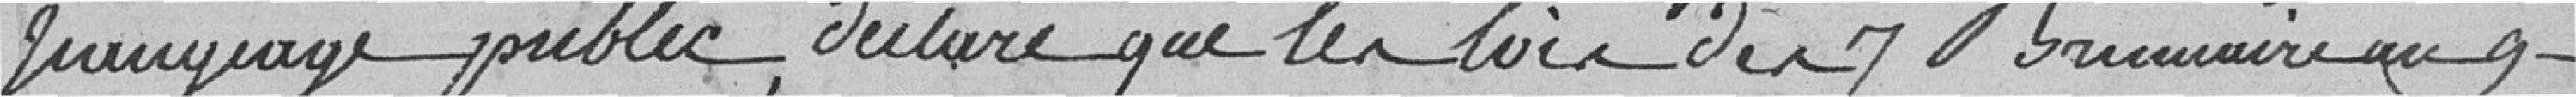
Jeaugeage public, déclare que les lois du 7 Brumaire an 9